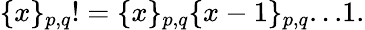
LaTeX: \{ x\} _{p,q}!=\{ x\} _{p,q}\{ x-1\} _{p,q}...1.